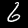
Label: 6